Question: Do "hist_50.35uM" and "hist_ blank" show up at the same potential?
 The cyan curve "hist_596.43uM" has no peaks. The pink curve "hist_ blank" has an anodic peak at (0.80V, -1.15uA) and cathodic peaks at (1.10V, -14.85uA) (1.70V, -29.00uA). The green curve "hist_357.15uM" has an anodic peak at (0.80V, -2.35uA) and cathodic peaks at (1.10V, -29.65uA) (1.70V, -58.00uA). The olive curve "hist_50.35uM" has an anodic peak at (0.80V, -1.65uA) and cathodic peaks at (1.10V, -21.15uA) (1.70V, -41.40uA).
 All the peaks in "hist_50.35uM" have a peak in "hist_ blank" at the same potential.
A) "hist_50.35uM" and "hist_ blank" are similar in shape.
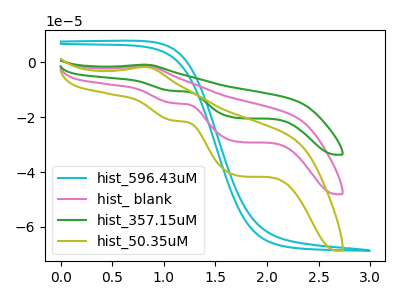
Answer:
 <answer>A) "hist_50.35uM" and "hist_ blank" are similar in shape.</answer>
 <eval>A</eval>